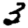
Digit: 3